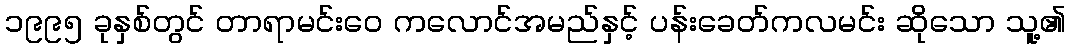
၁၉၉၅ ခုနှစ်တွင် တာရာမင်းဝေ ကလောင်အမည်နှင့် ပန်းခေတ်ကလမင်း ဆိုသော သူ့၏